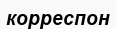
корреспон